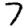
Digit: 7